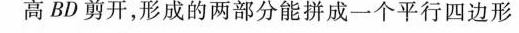
高BD剪开，形成的两部分能拼成一个平行四边形